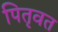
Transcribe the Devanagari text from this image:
पितृवत